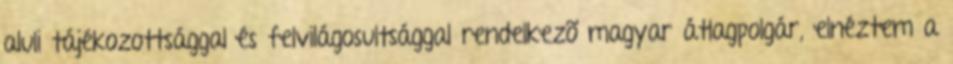
aluli tájékozottsággal és felvilágosultsággal rendelkezõ magyar átlagpolgár, elnéztem a